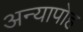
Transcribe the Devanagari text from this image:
अन्यापोह